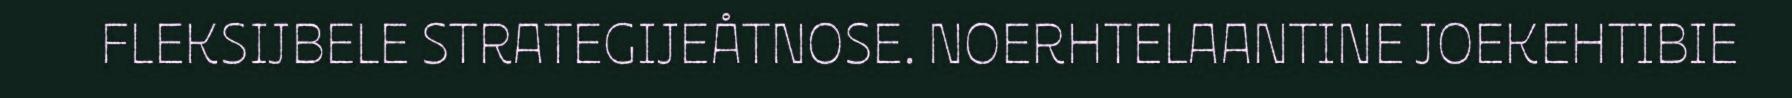
FLEKSIJBELE STRATEGIJEÅTNOSE. NOERHTELAANTINE JOEKEHTIBIE